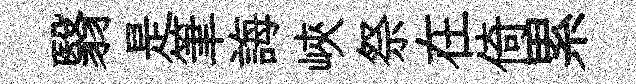
翳是筆誨峽祭在倚累